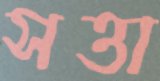
সত্তা